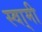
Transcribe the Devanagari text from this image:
स्वा्मी